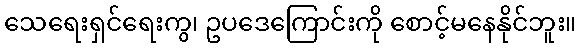
သေရေးရှင်ရေးကွ၊ ဥပဒေကြောင်းကို စောင့်မနေနိုင်ဘူး။